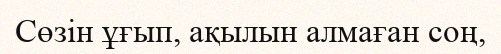
Сөзін ұғып, ақылын алмаған соң,